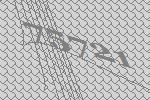
75721